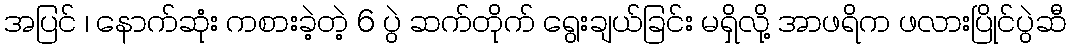
အပြင် ၊ နောက်ဆုံး ကစားခဲ့တဲ့ 6 ပွဲ ဆက်တိုက် ရွေးချယ်ခြင်း မရှိလို့ အာဖရိက ဖလားပြိုင်ပွဲဆီ